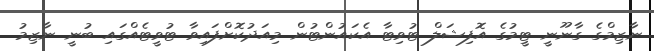
ނާޒިމްގެ ގާނޫނީ ޓީމުގެ އޮފިޝަލް ޓުވިޓާ އެކައުންޓުން މިއަދުކޮށްފައިވާ ޓުވީޓެއްގައި ބުނީ ނާޒިމު